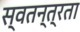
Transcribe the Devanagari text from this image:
स्‍वतन्त्रता